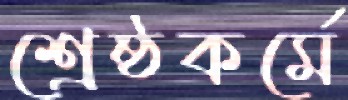
শ্রেষ্ঠকর্মে